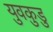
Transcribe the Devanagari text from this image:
युवकुडु